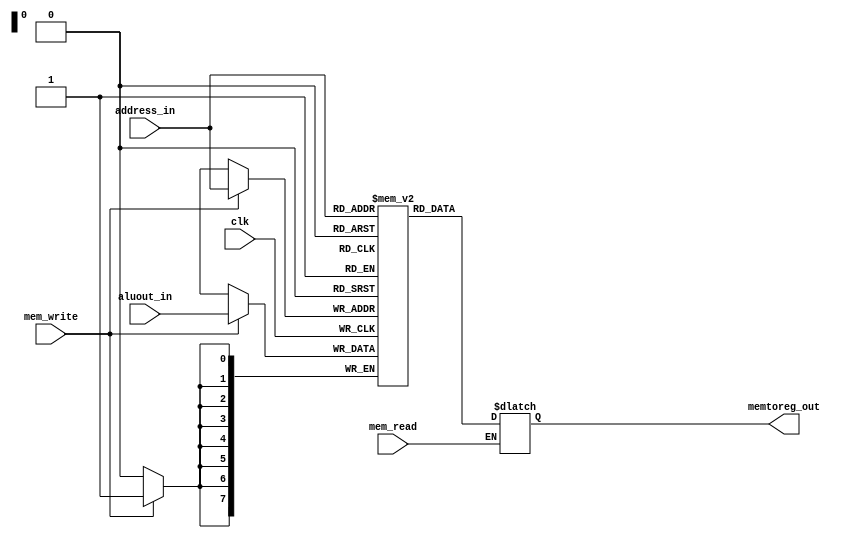
 `timescale 1ns / 1ns

module register256x8 (clk, mem_read,mem_write, aluout_in,address_in, memtoreg_out);
    input wire clk;            
    input wire mem_read;        
    input wire mem_write;       
    input wire [7:0] aluout_in;   // Input from ALU
    input wire [7:0] address_in;   // Address input from Register File
    output reg [7:0] memtoreg_out;   // Output to Mux

    reg [7:0] memory_array [255:0];  // 256 registers of 8 bits 
    
    always @(posedge clk) 
    begin
        if (mem_write) 
        begin
            memory_array[address_in] <= #2 aluout_in;
        end
    end
    always @(*)
    begin
      if (mem_read) 
        begin
            memtoreg_out <= #2 memory_array[address_in];
        end
    end
endmodule